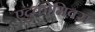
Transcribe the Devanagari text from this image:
एदुकोमिक्स